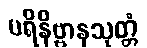
ပရိနိဗ္ဗာနသုတ္တံ